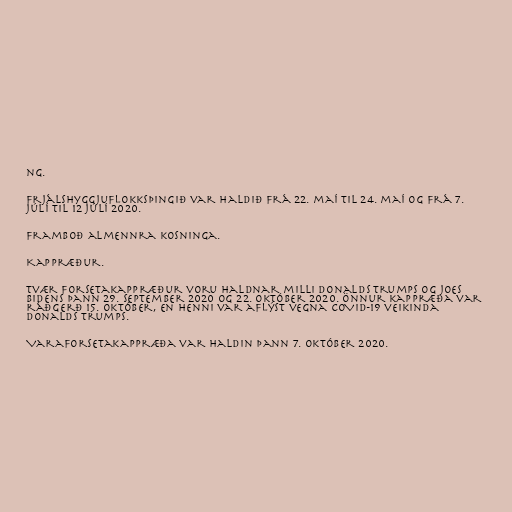
ng.

Frjálshyggjuflokksþingið var haldið frá 22. maí til 24. maí og frá 7.
júlí til 12 júlí 2020.

Framboð almennra kosninga.

Kappræður.

Tvær forsetakappræður voru haldnar milli Donalds Trumps og Joes
Bidens þann 29. september 2020 og 22. október 2020. Önnur kappræða var
ráðgerð 15. október, en henni var aflýst vegna COVID-19 veikinda
Donalds Trumps.

Varaforsetakappræða var haldin þann 7. október 2020.